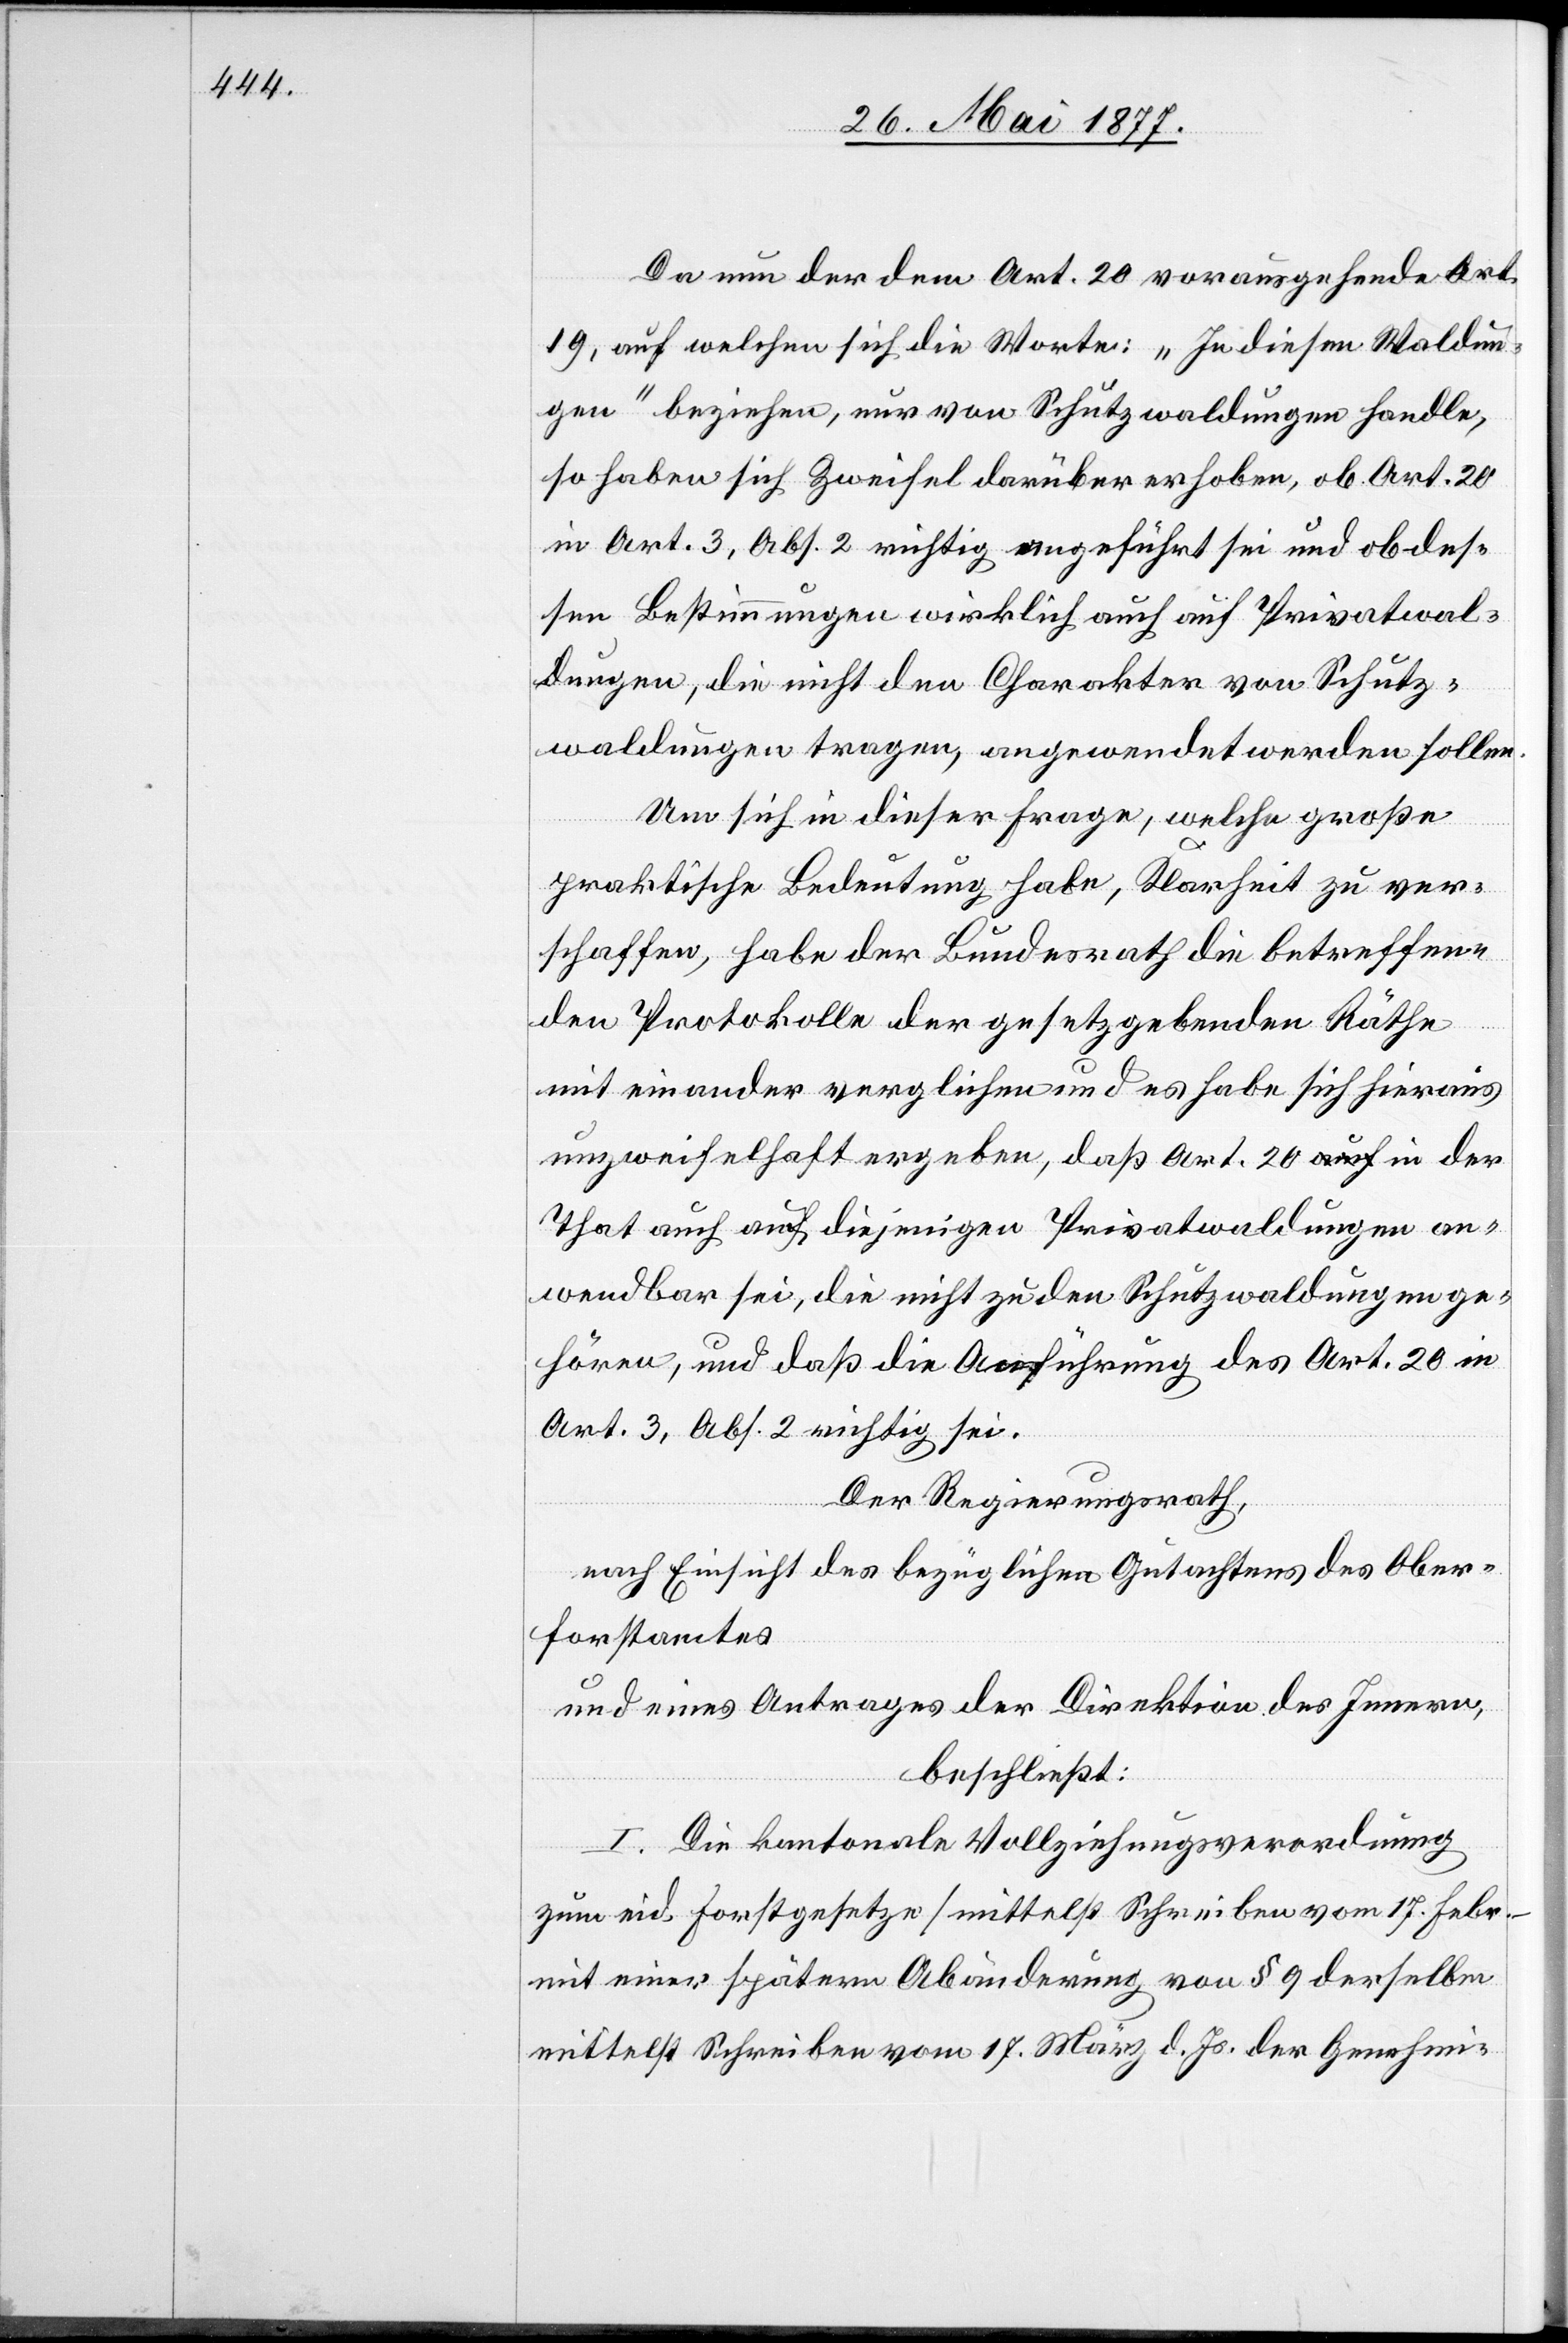
Da nun der dem Art. 20 vorausgehende Art.
19, auf welchen sich die Worte: „In diesen Waldun¬
gen“ beziehe, nur von Schutzwaldungen handle,
so haben sich Zweifel darüber erhoben, ob Art. 20
in Art. 3, Abs. 2 richtig angeführt sei und ob des¬
sen Bestimmungen wirklich auch auf Privatwal¬
dungen, die nicht den Charakter von Schutz¬
waldungen tragen, angewendet werden sollen.
Um sich in dieser Frage, welche große
praktische Bedeutung habe, Klarheit zu ver¬
schaffen, habe der Bundesrath die betreffen¬
den Protokolle der gesetzgebenden Räthe
mit einander verglichen und es habe sich hieraus
unzweifelhaft ergeben, daß Art. 20 in der
That auch auf diejenigen Privatwaldungen an¬
wendbar sei, die nicht zu den Schutzwaldungen ge¬
hören, und daß die Anführung des Art. 20 in
Art. 3, Abs. 2 richtig sei.
Der Regierungsrath,
nach Einsicht des bezüglichen Gutachtens des Ober¬
forstamtes
und eines Antrages der Direktion des Innern,
beschließt:
I. Die kantonale Vollziehungsverordnung
zum eid. Forstgesetze [mittelst Schreiben vom 17. Febr.
mit einer späteren Abänderung von § 9 derselben
mittelst Schreiben vom 17. März d. Js. der Genehmi-